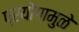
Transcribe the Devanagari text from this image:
प्रयोगामुळे